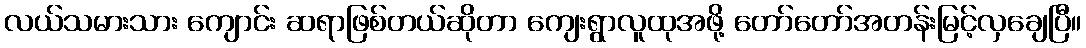
လယ်သမားသား ကျောင်း ဆရာဖြစ်တယ်ဆိုတာ ကျေးရွာလူထုအဖို့ တော်တော်အတန်းမြင့်လှချေပြီ။